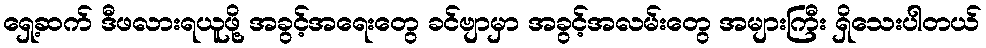
ရှေ့ဆက် ဒီဖလားရယူဖို့ အခွင့်အရေးတွေ ခင်ဗျာမှာ အခွင့်အလမ်းတွေ အများကြီး ရှိသေးပါတယ်